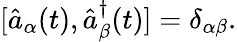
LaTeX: [\hat{a}_{\alpha}(t),\hat{a}_{\beta}^{\dagger}(t)]=\delta_{\alpha\beta}.